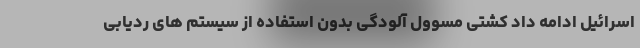
اسرائیل ادامه داد کشتی مسوول آلودگی بدون استفاده از سیستم های ردیابی